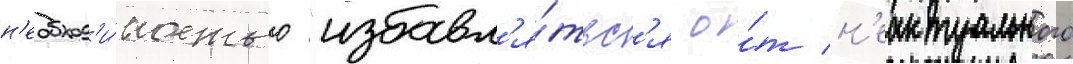
н'еобход'и́мостью "избавл'я́тьс'я о́т н'еактуального